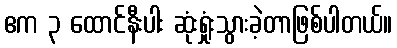
ဧက ၃ ထောင်နီးပါး ဆုံးရှုံးသွားခဲ့တာဖြစ်ပါတယ်။